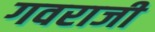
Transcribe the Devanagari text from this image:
गवराजी